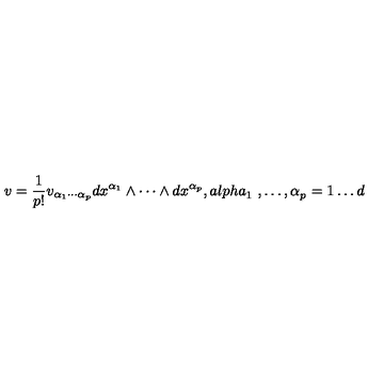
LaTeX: v = \frac { 1 } { p ! } v _ { \alpha _ { 1 } \cdots \alpha _ { p } } d x ^ { \alpha _ { 1 } } \wedge \cdots \wedge d x ^ { \alpha _ { p } } , { a l p h a } _ { 1 } { \ , \ldots , \alpha } _ { p } { \ = 1 \ldots d }